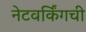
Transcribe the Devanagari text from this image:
नेटवर्किंगची